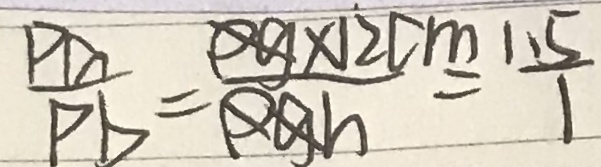
\frac { P a } { P b } = \frac { p g \times 1 2 c m } { p g h } = \frac { 1 . 5 } { 1 }